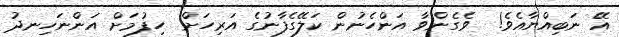
އޭ ނަބިއްޔާއެވެ!  ވެގެންވާ އަންހެނުން ކަލޭގެފާނުގެ އަރިހަށް  ހިފުމަށް އަންނަހިނދު